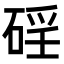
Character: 𥓕